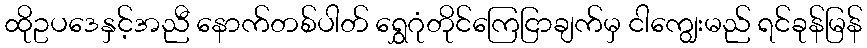
ထိုဥပဒေနှင့်အညီ နောက်တစ်ပါတ် ရွှေဂုံတိုင်ကြေငြာချက်မှ ငါကျွေးမည် ရင်ခုန်မြန်